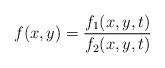
LaTeX: \begin{align*} f(x,y) =\frac{f_{1}(x,y,t)}{f_{2}(x,y,t)}\end{align*}